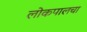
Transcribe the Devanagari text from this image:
लोकपालचा